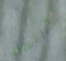
الارتباط